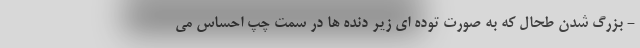
- بزرگ شدن طحال که به صورت توده ای زیر دنده ها در سمت چپ احساس می